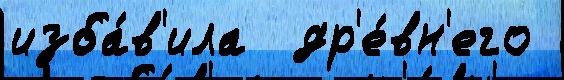
изба́в'ила  др'е́вн'его